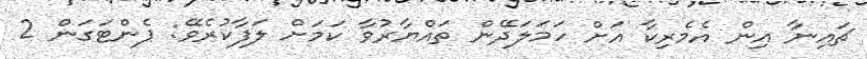
ޗައިނާ އިން އެމެރިކާ އަށް ހަމަލަދޭން ތައްޔާރުވާ ކަމަށް ލަފާކުރެވޭ: ޕެންޓަގަން 2